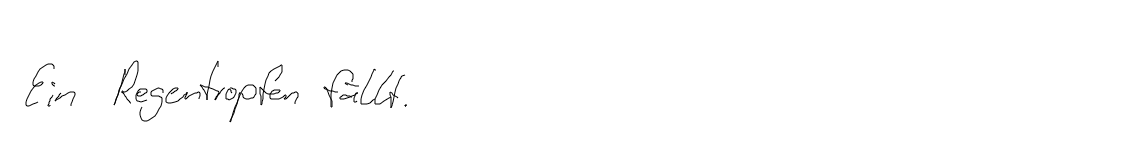
Ein Regentropfen fällt.